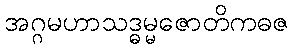
အဂ္ဂမဟာသဒ္ဓမ္မဇောတိကဓဇ